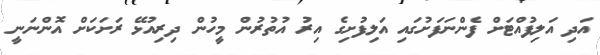
އަދި އަލިފުއްޓަށް ފެންނަފަށުގައި އަލިފުށިގެ އިރު އުތުރުން މީހުން ދިރިއުޅޭ ރަށަކަށް އޮންނަނީ